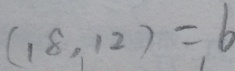
( 1 8 , 1 2 ) = 6